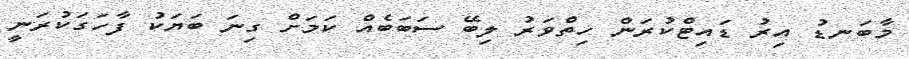
މާބަނޑު އިރު ޑައިޓްކުރަން ހިތްވަރު ލިބޭ ސަބަބެއް ކަމަށް ގިނަ ބަޔަކު ފާހަގަކުރަނީ